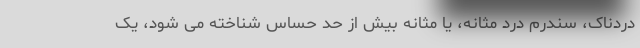
دردناک، سندرم درد مثانه، یا مثانه بیش از حد حساس شناخته می شود، یک